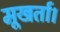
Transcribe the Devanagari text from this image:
मूखर्ता।